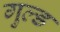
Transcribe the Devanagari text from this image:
गुल्ड